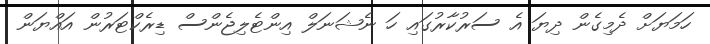
ހަމަޔަށް ދެމިގެން ދިޔަ އެ ސަރުކާރުގައި ހަ ނެޝަނަލް އިންޓެލިޖެންސް ޑިރެކްޓަރުން އައްޔަން